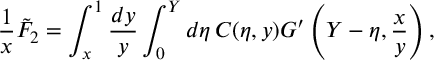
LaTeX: \frac { 1 } { x } \tilde { F } _ { 2 } = \int _ { x } ^ { 1 } \frac { d y } { y } \int _ { 0 } ^ { Y } d \eta \, C ( \eta , y ) G ^ { \prime } \left( Y - \eta , \frac { x } { y } \right) ,